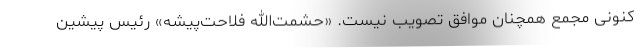
کنونی مجمع همچنان موافق تصویب نیست. «حشمت‌الله فلاحت‌پیشه» رئیس پیشین